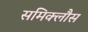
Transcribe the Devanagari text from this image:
समिक्लौस